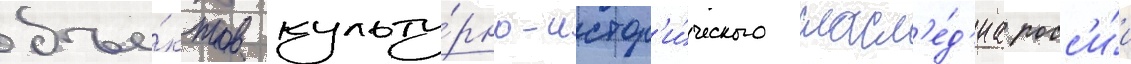
объе́ктов культу́рно-истор'и́ческого насл'е́д'иа росс'и́и